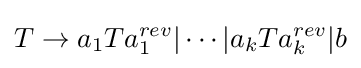
T\to a_{1}Ta_{1}^{rev}|\cdots |a_{k}Ta_{k}^{rev}|b